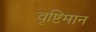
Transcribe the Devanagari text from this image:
वृष्टिमान